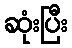
ဆုံးပြီး